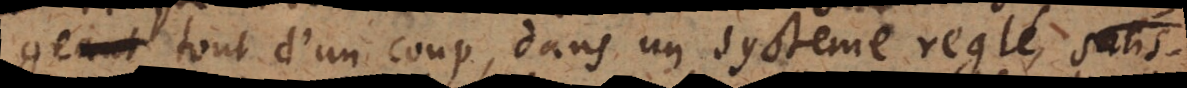
tout d’un coup, dans un systeme reglé, satisfait